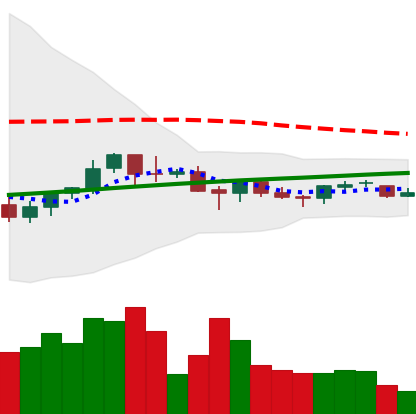
Ticker: BNB-USD
Chart end date: 2021-06-17
Forward return: -25.776%
Label: down_7plus